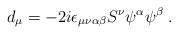
LaTeX: \begin{align*}d_\mu=-2i\epsilon_{\mu\nu\alpha\beta}S^\nu\psi^\alpha\psi^\beta \;.\end{align*}